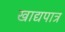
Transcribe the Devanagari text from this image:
खाद्यपात्र